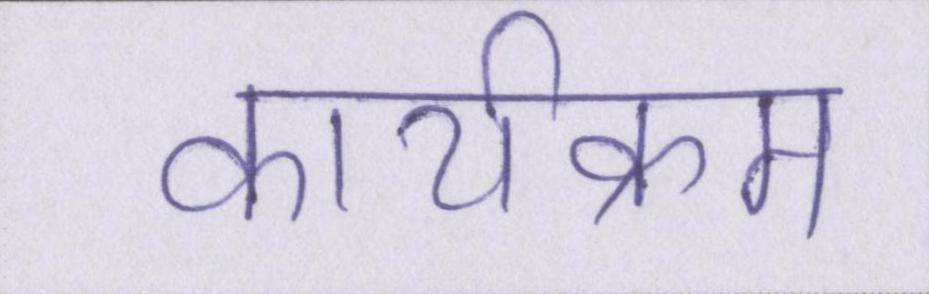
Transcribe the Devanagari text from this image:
कार्यक्रम